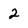
Character: 2